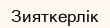
Зияткерлік